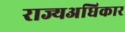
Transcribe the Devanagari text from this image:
राज्यअधिकार